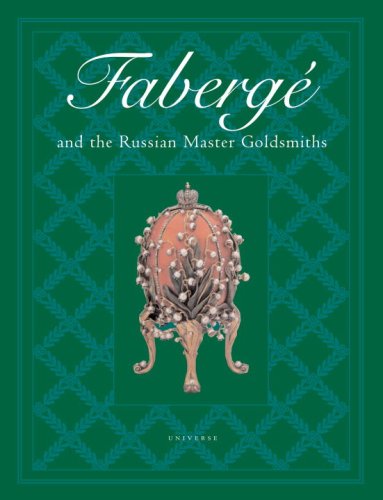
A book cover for Faberge and the Russian Master Goldsmiths; Gerard Hill; Arts & Photography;